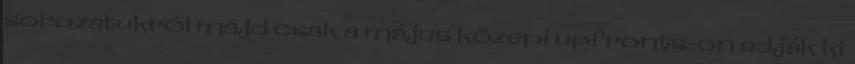
sorozatukról majd csak a május közepi upfronts-on adják ki